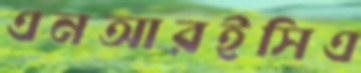
এনআরইসিএ